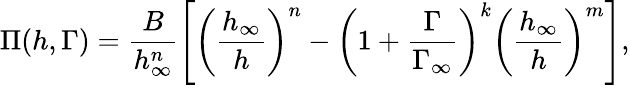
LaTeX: \Pi(h,\Gamma)=\frac{B}{h_{\infty}^{n}}\left[\left(\frac{h_{\infty}}{h}\right)^{n}-\left(1+\frac{\Gamma}{\Gamma_{\infty}}\right)^{k}\left(\frac{h_{\infty}}{h}\right)^{m}\right],